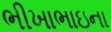
ભીખાભાઇના